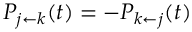
P _ { j \leftarrow k } ( t ) = - P _ { k \leftarrow j } ( t )